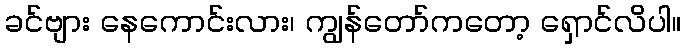
ခင်ဗျား နေကောင်းလား၊ ကျွန်တော်ကတော့ ရှောင်လိပါ။